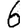
Digit: 6